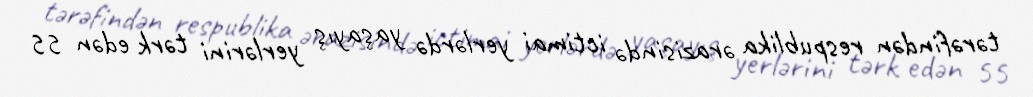
tərəfindən respublika ərazisində ictimai yerlərdə yaşayış yerlərini tərk edən 55